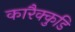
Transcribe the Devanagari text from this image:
कारैक्कुडि